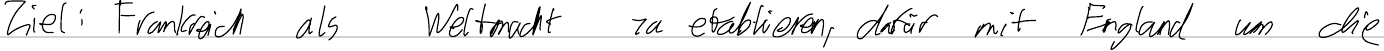
Ziel: Frankreich als Weltmacht zu etablieren, dafür mit England um die